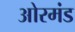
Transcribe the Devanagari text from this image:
ओरमंड